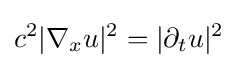
c^{2}|\nabla _{x}u|^{2}=|\partial _{t}u|^{2}